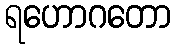
ရဟောဂတော